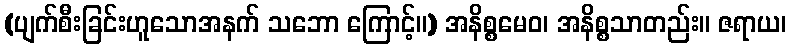
(ပျက်စီးခြင်းဟူသောအနက် သဘော ကြောင့်။) အနိစ္စမေဝ၊ အနိစ္စသာတည်း။ ဇရာယ၊